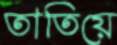
তাতিয়ে